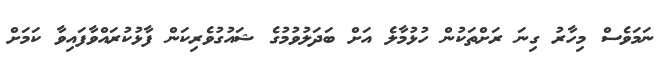
ނަމަވެސް މިހާރު ގިނަ ރަށްތަކުން ހުޅުމާލެ އަށް ބަދަލުވުމުގެ ޝައުގުވެރިކަން ފާޅުކުރައްވާފައިވާ ކަމަށް